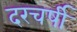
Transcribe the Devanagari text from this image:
दरचर्षी